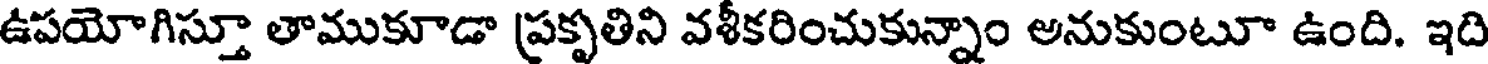
ఉపయోగిస్తూ తాముకూడా ప్రకృతిని వశీకరించుకున్నాం అనుకుంటూ ఉంది. ఇది